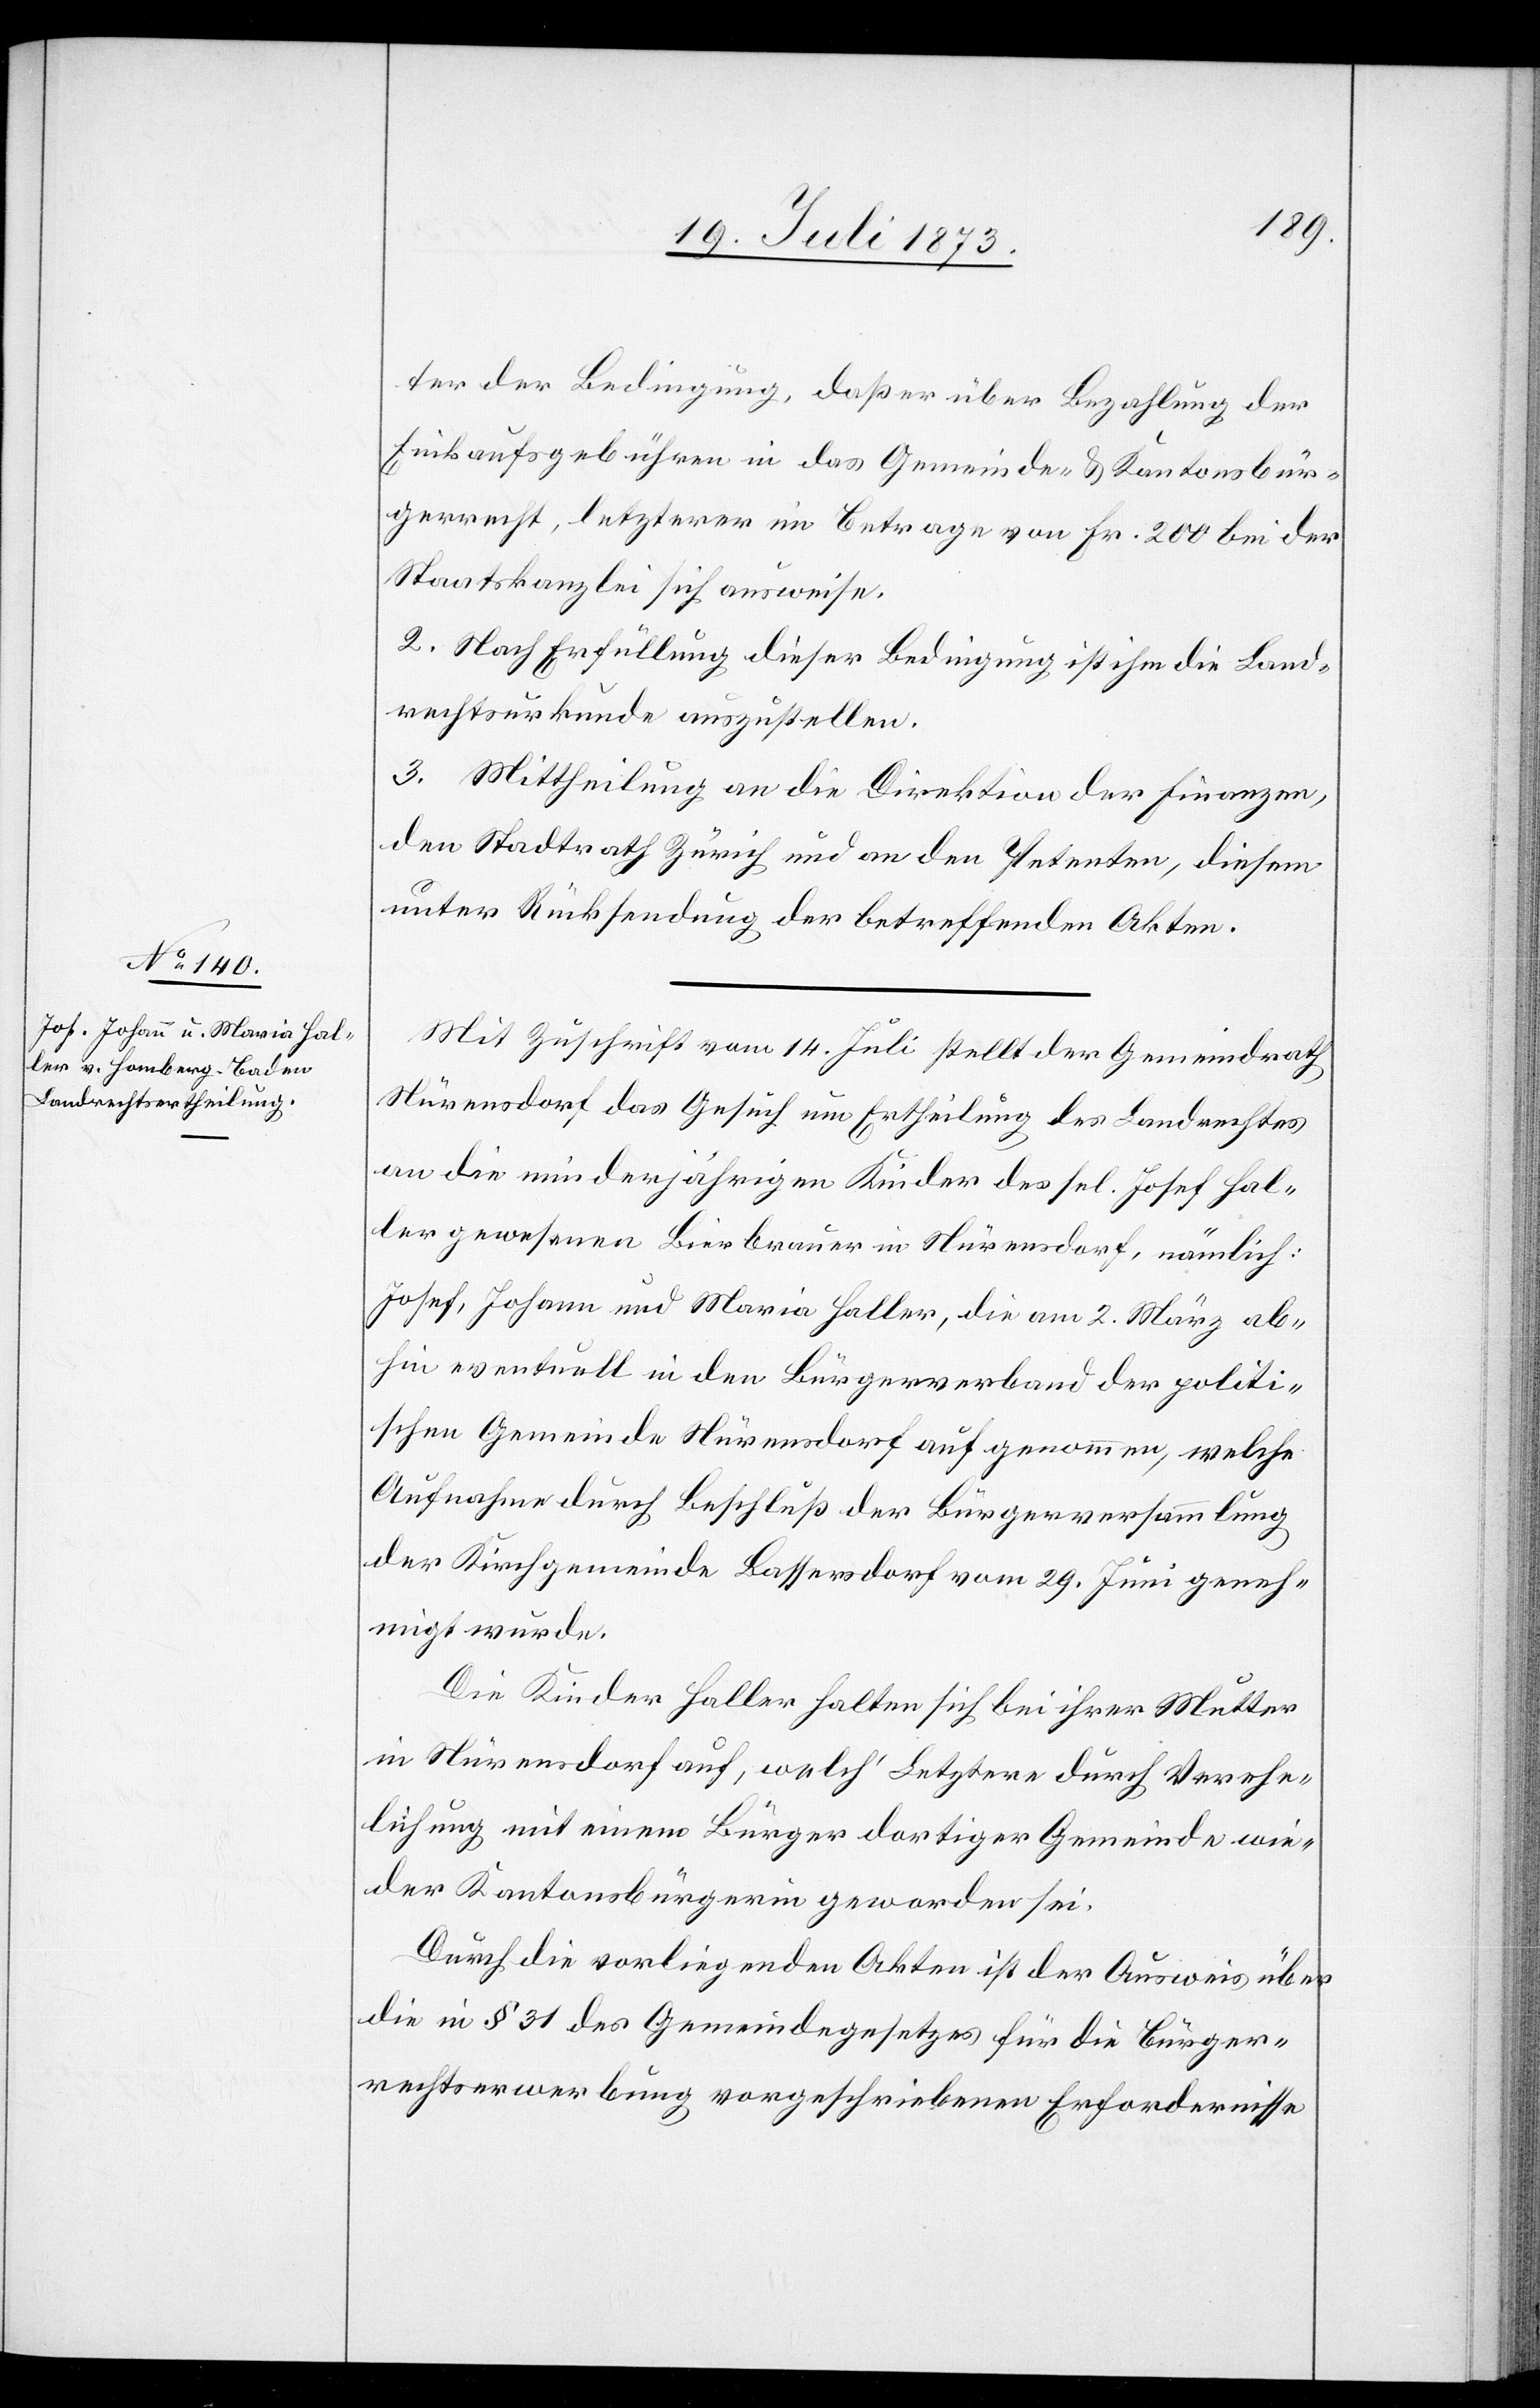
ter der Bedingung, daß er über Bezahlung der
Einkaufsgebühren in das Gemeinde- & Kantonsbür¬
gerrecht, letzterer im Betrage von Fr. 200 bei der
Staatskanzlei sich ausweise.
2. Nach Erfüllung dieser Bedingung ist ihm die Land¬
rechtsurkunde auszustellen.
3. Mittheilung an die Direktion der Finanzen,
den Stadtrath Zürich und an den Petenten, diesem
unter Rücksendung der betreffenden Akten.
Mit Zuschrift vom 14. Juli stellt der Gemeindrath
Nürensdorf das Gesuch um Ertheilung des Landrechtes
an die minderjährigen Kinder des sel. Josef Hal¬
ler gewesenen Bierbrauer in Nürensdorf, nämlich:
Josef, Johann und Maria Haller, die am 2. März ab¬
hin eventuell in den Bürgerverband der politi¬
schen Gemeinde Nürensdorf aufgenommen, welche
Aufnahme durch Beschluß der Bürgerversammlung
der Kirchgemeinde Bassersdorf vom 29. Juni geneh¬
migt wurde.
Die Kinder Haller halten sich bei ihrer Mutter
in Nürensdorf auf, welch’ Letztere durch Verehe¬
lichung mit einem Bürger dortiger Gemeinde wie¬
der Kantonsbürgerin geworden sei.
Durch die vorliegenden Akten ist der Ausweis über
die in § 31 des Gemeindegesetzes für die Bürger¬
rechtserwerbung vorgeschriebenen Erfordernisse